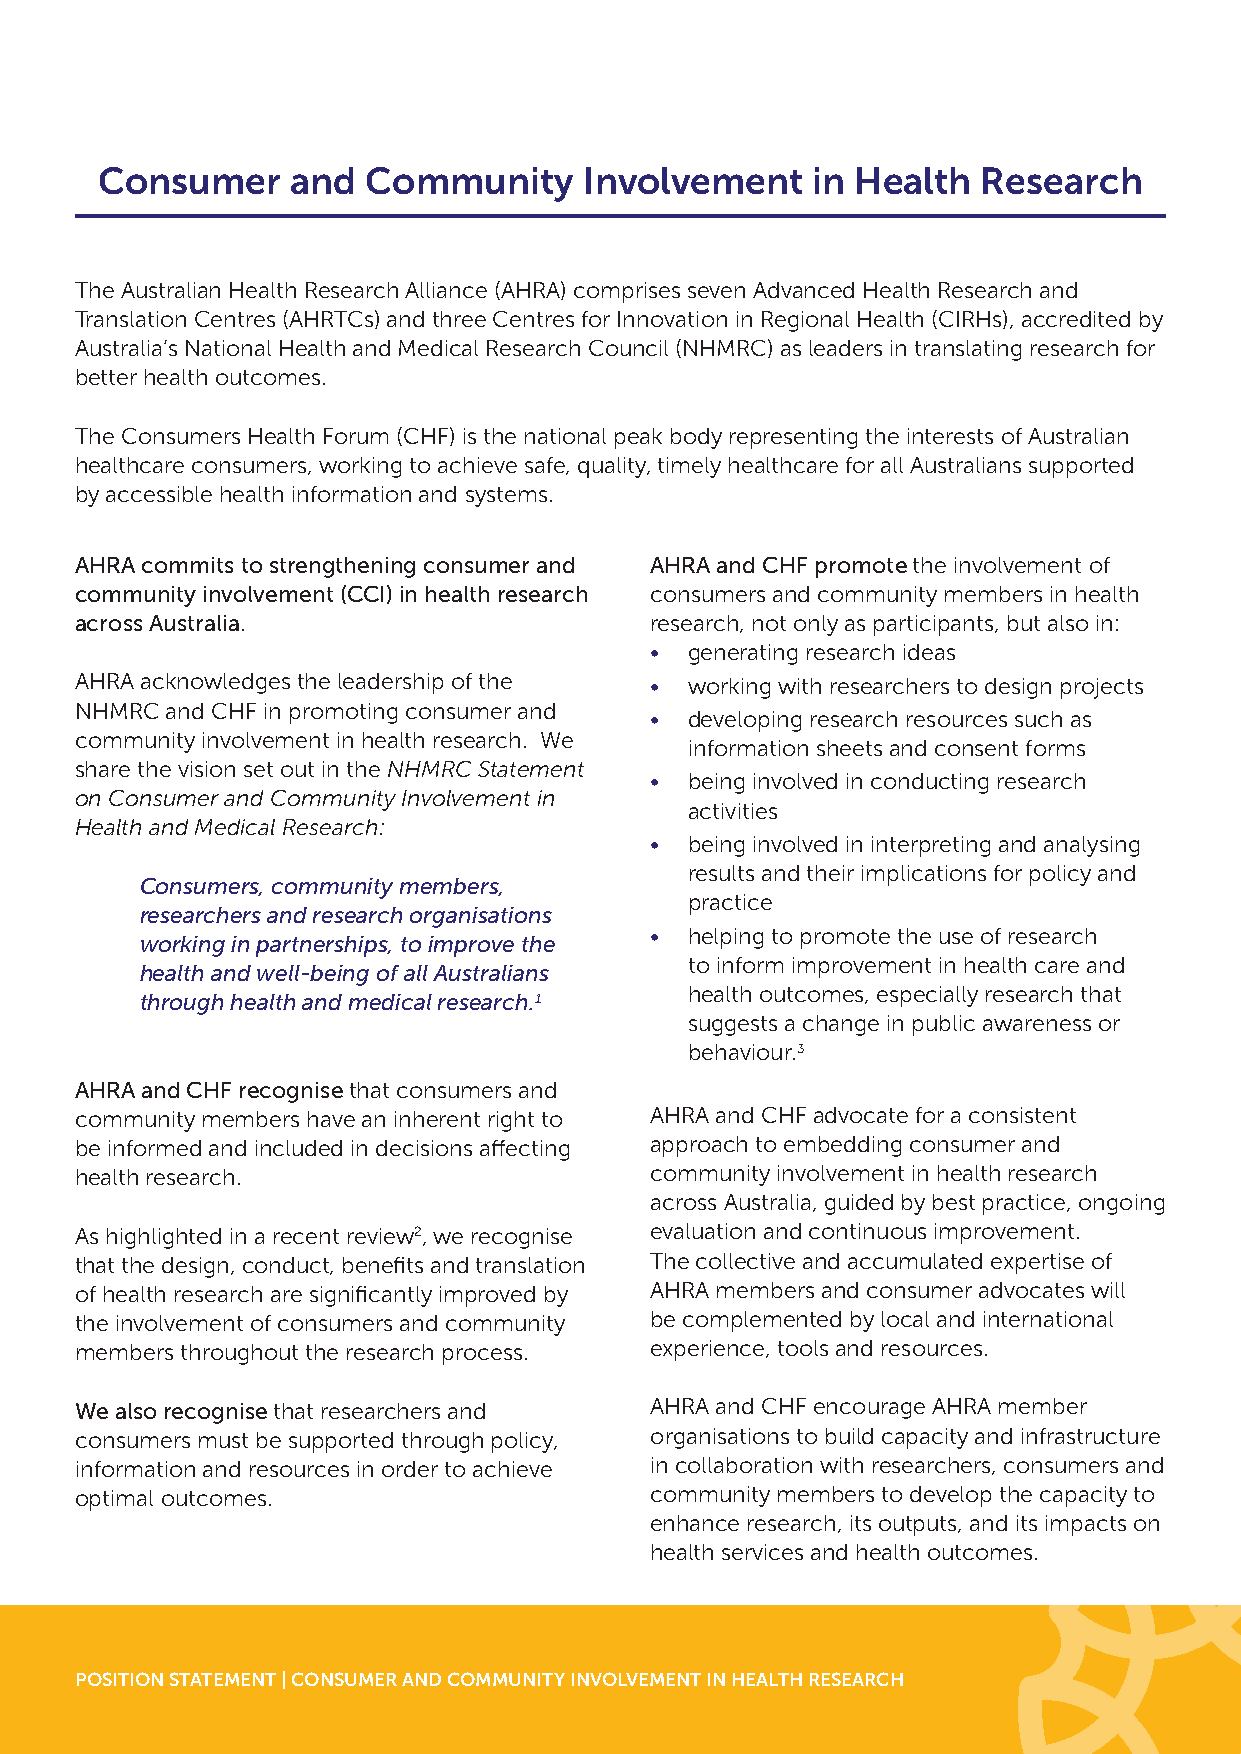
Consumer    and  Community      Involvement    in Health  Research
 The Australian Health Research Alliance (AHRA) comprises seven Advanced Health Research and
 Translation Centres (AHRTCs) and three Centres for Innovation in Regional Health (CIRHs), accredited by
 Australia’s National Health and Medical Research Council (NHMRC) as leaders in translating research for
 better health outcomes.
 The Consumers Health Forum (CHF) is the national peak body representing the interests of Australian
 healthcare consumers, working to achieve safe, quality, timely healthcare for all Australians supported
 by accessible health information and systems.
 AHRA commits to strengthening consumer and AHRA and CHF promote the involvement of
 community involvement (CCI) in health research consumers and community members in health
 across Australia.                     research, not only as participants, but also in:
 •  generating research ideas
 AHRA acknowledges the leadership of the • working with researchers to design projects
 NHMRC and CHF in promoting consumer and
 •  developing research resources such as
 community involvement in health research. We
 information sheets and consent forms
 share the vision set out in the NHMRC Statement
 •  being involved in conducting research
 on Consumer and Community Involvement in
 activities
 Health and Medical Research:
 •  being involved in interpreting and analysing
 results and their implications for policy and
 Consumers, community members,
 practice
 researchers and research organisations
 •  helping to promote the use of research
 working in partnerships, to improve the
 to inform improvement in health care and
 health and well-being of all Australians
 health outcomes, especially research that
 through health and medical research.1
 suggests a change in public awareness or
 behaviour.3
 AHRA and CHF recognise that consumers and
 community members have an inherent right to AHRA and CHF advocate for a consistent
 be informed and included in decisions affecting approach to embedding consumer and
 health research.                      community involvement in health research
 across Australia, guided by best practice, ongoing
 As highlighted in a recent review2, we recognise evaluation and continuous improvement.
 that the design, conduct, benefits and translation The collective and accumulated expertise of
 of health research are significantly improved by AHRA members and consumer advocates will
 the involvement of consumers and community be complemented by local and international
 members throughout the research process. experience, tools and resources.
 We also recognise that researchers and AHRA and CHF encourage AHRA member
 consumers must be supported through policy, organisations to build capacity and infrastructure
 information and resources in order to achieve in collaboration with researchers, consumers and
 optimal outcomes.                     community members to develop the capacity to
 enhance research, its outputs, and its impacts on
 health services and health outcomes.
 POSITION STATEMENT | CONSUMER AND COMMUNITY INVOLVEMENT IN HEALTH RESEARCH